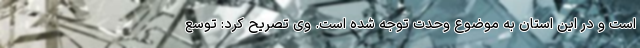
است و در این استان به موضوع وحدت توجه شده است. وی تصریح کرد: توسع